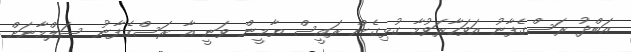
އަބްދު ރަސްގެފާނު އަވަހާރަވުމާ ގުޅިގެން ރައީސް ޔާމީން ވަނީ އާ ރަސްގެފާނު ސަލްމާނަށް